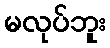
မလုပ်ဘူး